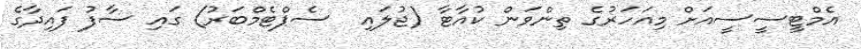
އެމްޓީސީސީއަށް މިއަހަރުގެ ތިންވަން ކުއާޓާ (ޖުލައި  ސެޕްޓެމްބަރު) ގައި ސާފު ފައިދާގެ